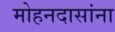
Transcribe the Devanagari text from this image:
मोहनदासांना